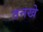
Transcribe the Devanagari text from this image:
तनखे